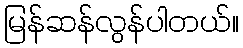
မြန်ဆန်လွန်ပါတယ်။